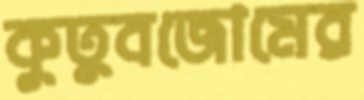
কুতুবজোমের